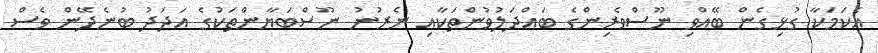
އެކަމަކާ ގުޅިގެން ބޭއްވި ނޫސްވެރިންގެ ބައްދަލުވުންތަކާއި ނެރުނު ނޫސްބަޔާންތަކުގެ އަދަދު ބުނެދޭން ވެސް